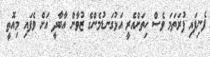
ފެނިފައި ފުރަތަމަ ވެސް ހިތަށްއެރީ އަޅުގަނޑުމެންގެ ޒުވާން އާބާދީ އަށް ވެފައި މިއޮތީ